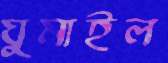
ঘুমাইল